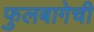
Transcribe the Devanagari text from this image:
फुलबागेची